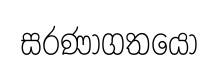
සරණාගතයෝ